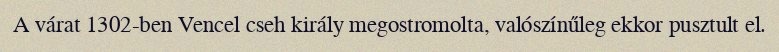
A várat 1302-ben Vencel cseh király megostromolta, valószínűleg ekkor pusztult el.